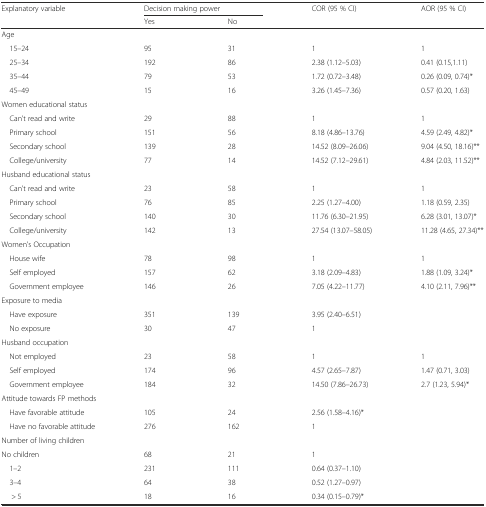
<table><thead><tr><td><b>Explanatory variable</b></td><td colspan="2"><b>Decision making power</b></td><td><b>COR (95 % CI)</b></td><td><b>AOR (95 % CI)</b></td></tr><tr><td></td><td><b>Yes</b></td><td><b>No</b></td><td></td><td></td></tr></thead><tbody><tr><td colspan="5">Age</td></tr><tr><td> 15–24</td><td>95</td><td>31</td><td>1</td><td>1</td></tr><tr><td> 25–34</td><td>192</td><td>86</td><td>2.38 (1.12–5.03)</td><td>0.41 (0.15,1.11)</td></tr><tr><td> 35–44</td><td>79</td><td>53</td><td>1.72 (0.72–3.48)</td><td>0.26 (0.09, 0.74)*</td></tr><tr><td> 45–49</td><td>15</td><td>16</td><td>3.26 (1.45–7.36)</td><td>0.57 (0.20, 1.63)</td></tr><tr><td colspan="5">Women educational status</td></tr><tr><td> Can’t read and write</td><td>29</td><td>88</td><td>1</td><td>1</td></tr><tr><td> Primary school</td><td>151</td><td>56</td><td>8.18 (4.86–13.76)</td><td>4.59 (2.49, 4.82)*</td></tr><tr><td> Secondary school</td><td>139</td><td>28</td><td>14.52 (8.09–26.06)</td><td>9.04 (4.50, 18.16)**</td></tr><tr><td> College/university</td><td>77</td><td>14</td><td>14.52 (7.12–29.61)</td><td>4.84 (2.03, 11.52)**</td></tr><tr><td colspan="5">Husband educational status</td></tr><tr><td> Can’t read and write</td><td>23</td><td>58</td><td>1</td><td>1</td></tr><tr><td> Primary school</td><td>76</td><td>85</td><td>2.25 (1.27–4.00)</td><td>1.18 (0.59, 2.35)</td></tr><tr><td> Secondary school</td><td>140</td><td>30</td><td>11.76 (6.30–21.95)</td><td>6.28 (3.01, 13.07)*</td></tr><tr><td> College/university</td><td>142</td><td>13</td><td>27.54 (13.07–58.05)</td><td>11.28 (4.65, 27.34)**</td></tr><tr><td colspan="5">Women’s Occupation</td></tr><tr><td> House wife</td><td>78</td><td>98</td><td>1</td><td>1</td></tr><tr><td> Self employed</td><td>157</td><td>62</td><td>3.18 (2.09–4.83)</td><td>1.88 (1.09, 3.24)*</td></tr><tr><td> Government employee</td><td>146</td><td>26</td><td>7.05 (4.22–11.77)</td><td>4.10 (2.11, 7.96)**</td></tr><tr><td colspan="5">Exposure to media</td></tr><tr><td> Have exposure</td><td>351</td><td>139</td><td>3.95 (2.40–6.51)</td><td></td></tr><tr><td> No exposure</td><td>30</td><td>47</td><td>1</td><td></td></tr><tr><td colspan="5">Husband occupation</td></tr><tr><td> Not employed</td><td>23</td><td>58</td><td>1</td><td>1</td></tr><tr><td> Self employed</td><td>174</td><td>96</td><td>4.57 (2.65–7.87)</td><td>1.47 (0.71, 3.03)</td></tr><tr><td> Government employee</td><td>184</td><td>32</td><td>14.50 (7.86–26.73)</td><td>2.7 (1.23, 5.94)*</td></tr><tr><td colspan="5">Attitude towards FP methods</td></tr><tr><td> Have favorable attitude</td><td>105</td><td>24</td><td>2.56 (1.58–4.16)*</td><td></td></tr><tr><td> Have no favorable attitude</td><td>276</td><td>162</td><td>1</td><td></td></tr><tr><td colspan="5">Number of living children</td></tr><tr><td>No children</td><td>68</td><td>21</td><td>1</td><td></td></tr><tr><td> 1–2</td><td>231</td><td>111</td><td>0.64 (0.37–1.10)</td><td></td></tr><tr><td> 3–4</td><td>64</td><td>38</td><td>0.52 (1.27–0.97)</td><td></td></tr><tr><td>&gt; 5</td><td>18</td><td>16</td><td>0.34 (0.15–0.79)*</td><td></td></tr></tbody></table>